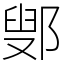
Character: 鄋